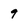
Character: 9